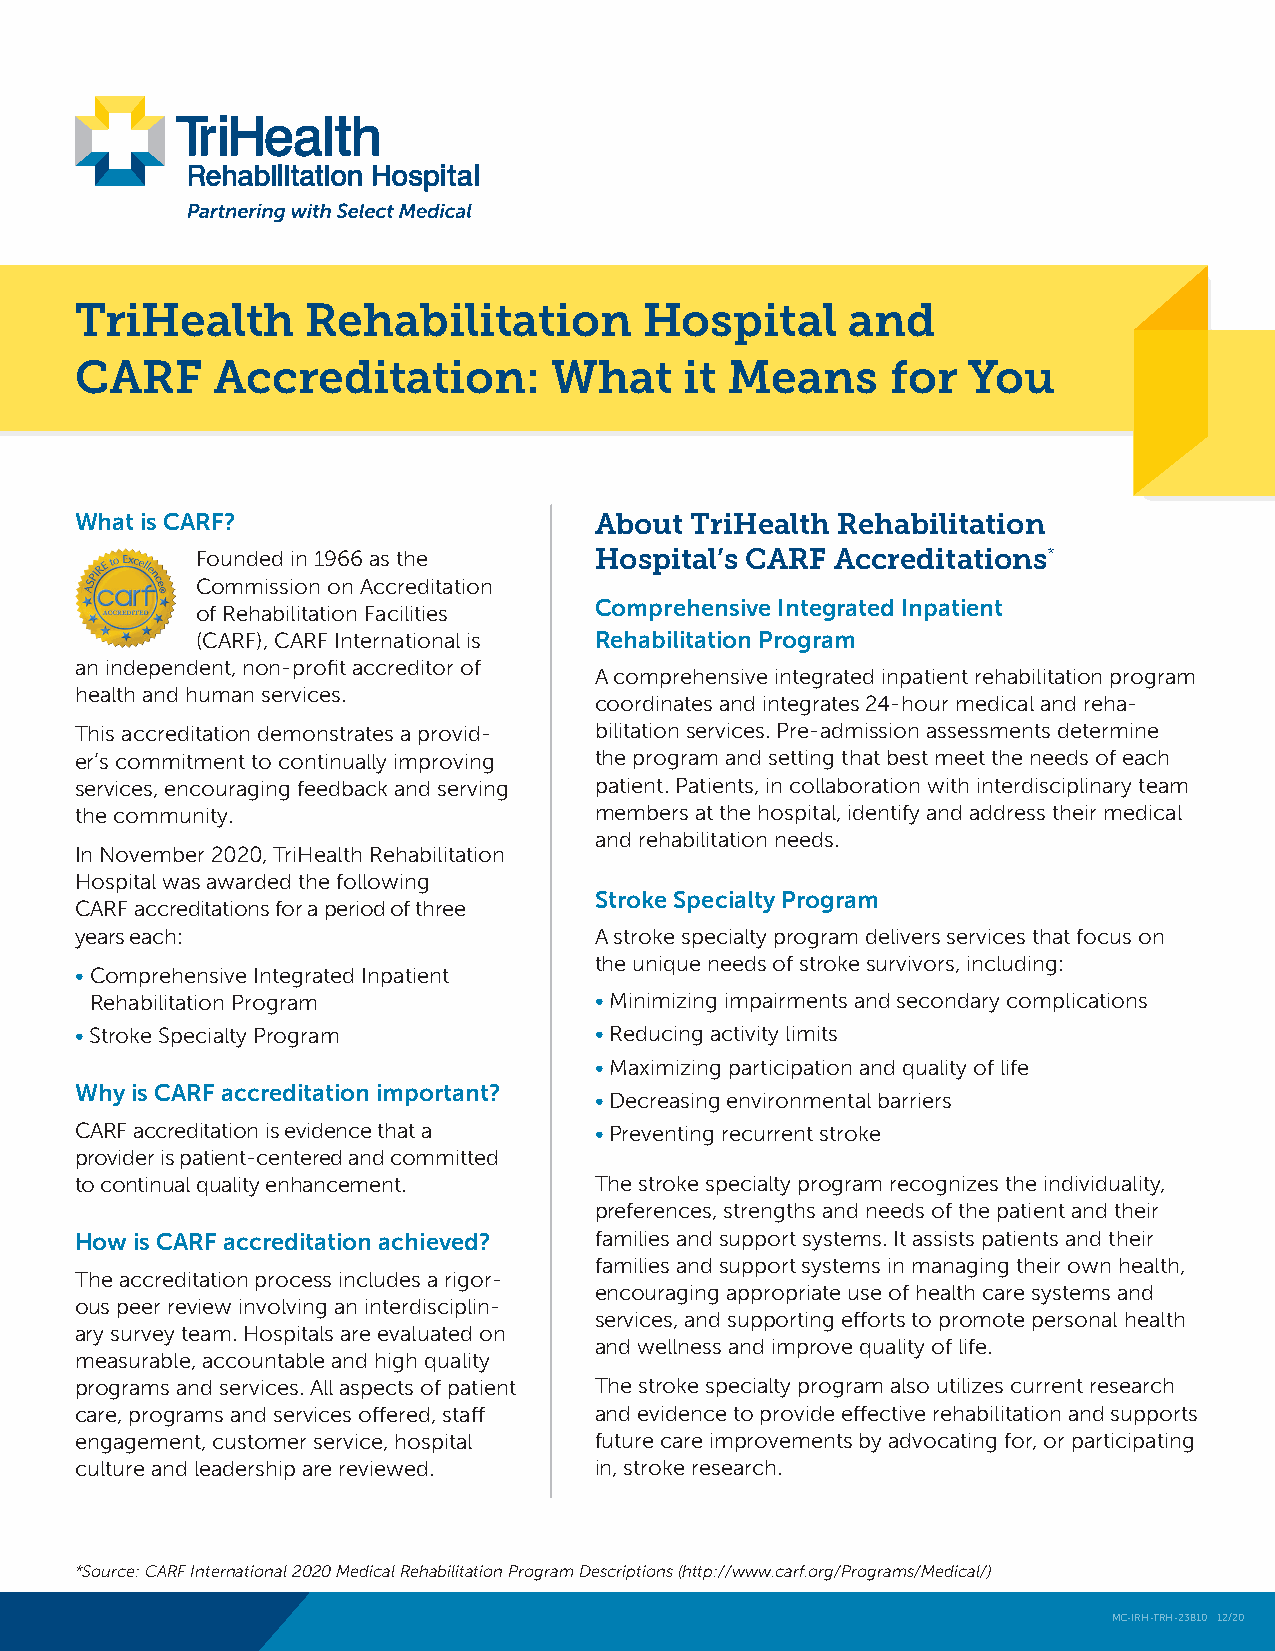
TriHealth      Rehabilitation         Hospital     and
 CARF     Accreditation:         What    it Means      for  You
 What is CARF?                     About  TriHealth Rehabilitation
 Founded in 1966 as the    Hospital’s CARF Accreditations*
 Commission on Accreditation
 of Rehabilitation Facilities Comprehensive Integrated Inpatient
 (CARF), CARF International is Rehabilitation Program
 an independent, non-profit accreditor of
 A comprehensive integrated inpatient rehabilitation program
 health and human services.
 coordinates and integrates 24-hour medical and reha-
 This accreditation demonstrates a provid- bilitation services. Pre-admission assessments determine
 er’s commitment to continually improving the program and setting that best meet the needs of each
 services, encouraging feedback and serving patient. Patients, in collaboration with interdisciplinary team
 the community.                    members at the hospital, identify and address their medical
 and rehabilitation needs.
 In November 2020, TriHealth Rehabilitation
 Hospital was awarded the following
 Stroke Specialty Program
 CARF accreditations for a period of three
 years each:                       A stroke specialty program delivers services that focus on
 the unique needs of stroke survivors, including:
 • Comprehensive Integrated Inpatient
 Rehabilitation Program           • Minimizing impairments and secondary complications
 • Stroke Specialty Program        • Reducing activity limits
 • Maximizing participation and quality of life
 Why is CARF accreditation important?
 • Decreasing environmental barriers
 CARF accreditation is evidence that a • Preventing recurrent stroke
 provider is patient-centered and committed
 to continual quality enhancement. The stroke specialty program recognizes the individuality,
 preferences, strengths and needs of the patient and their
 How is CARF accreditation achieved? families and support systems. It assists patients and their
 families and support systems in managing their own health,
 The accreditation process includes a rigor-
 encouraging appropriate use of health care systems and
 ous peer review involving an interdisciplin-
 services, and supporting efforts to promote personal health
 ary survey team. Hospitals are evaluated on
 and wellness and improve quality of life.
 measurable, accountable and high quality
 programs and services. All aspects of patient The stroke specialty program also utilizes current research
 care, programs and services offered, staff and evidence to provide effective rehabilitation and supports
 engagement, customer service, hospital future care improvements by advocating for, or participating
 culture and leadership are reviewed. in, stroke research.
 *Source: CARF International 2020 Medical Rehabilitation Program Descriptions (http://www.carf.org/Programs/Medical/)
 MC-IRH-TRH-23810 12/20